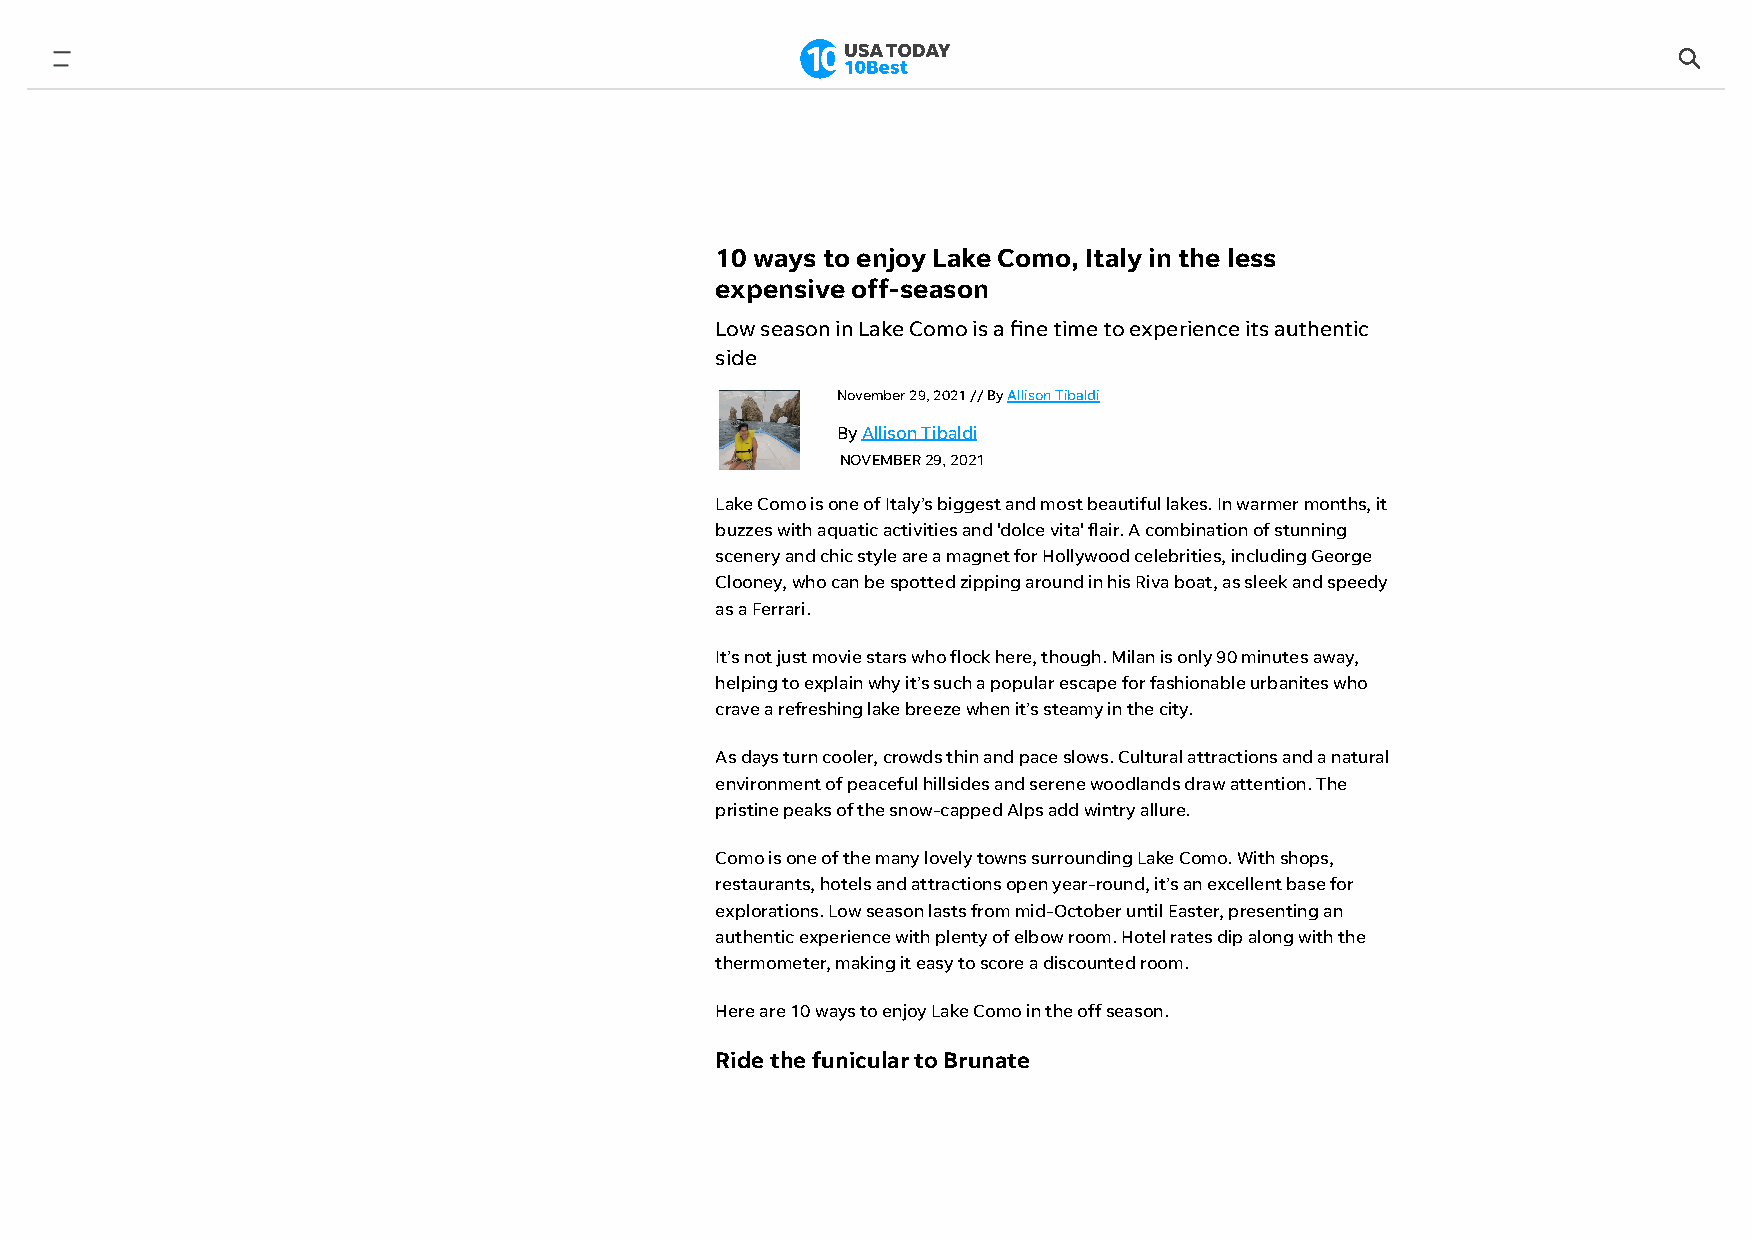
10 ways to enjoy Lake Como, Italy in the less
 expensive off-season
 Low season in Lake Como is a ne time to experience its authentic
 side
 November 29, 2021 // By Allison Tibaldi
 By Allison Tibaldi
 NOVEMBER 29, 2021
 Lake Como is one of Italy’s biggest and most beautiful lakes. In warmer months, it
 buzzes with aquatic activities and 'dolce vita' flair. A combination of stunning
 scenery and chic style are a magnet for Hollywood celebrities, including George
 Clooney, who can be spotted zipping around in his Riva boat, as sleek and speedy
 as a Ferrari.
 It’s not just movie stars who flock here, though. Milan is only 90 minutes away,
 helping to explain why it’s such a popular escape for fashionable urbanites who
 crave a refreshing lake breeze when it’s steamy in the city.
 As days turn cooler, crowds thin and pace slows. Cultural attractions and a natural
 environment of peaceful hillsides and serene woodlands draw attention. The
 pristine peaks of the snow-capped Alps add wintry allure.
 Como is one of the many lovely towns surrounding Lake Como. With shops,
 restaurants, hotels and attractions open year-round, it’s an excellent base for
 explorations. Low season lasts from mid-October until Easter, presenting an
 authentic experience with plenty of elbow room. Hotel rates dip along with the
 thermometer, making it easy to score a discounted room.
 Here are 10 ways to enjoy Lake Como in the off season.
 Ride the funicular to Brunate